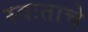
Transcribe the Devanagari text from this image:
स्वःताचे